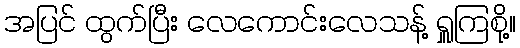
အပြင် ထွက်ပြီး လေကောင်းလေသန့် ရှူကြစို့။